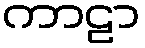
ကာဠာ